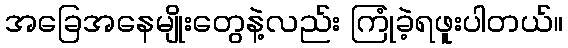
အခြေအနေမျိုးတွေနဲ့လည်း ကြုံခဲ့ရဖူးပါတယ်။